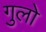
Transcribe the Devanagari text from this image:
गुलो